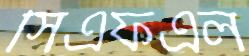
সিএফএল